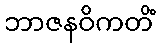
ဘာဇနဝိကတိံ